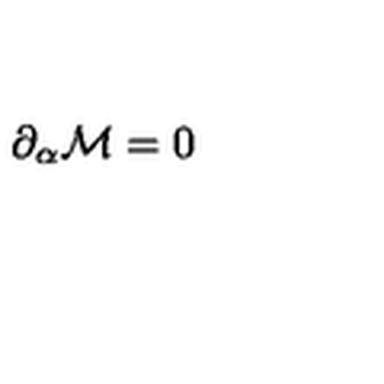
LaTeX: \partial _ { \alpha } { \cal M } = 0